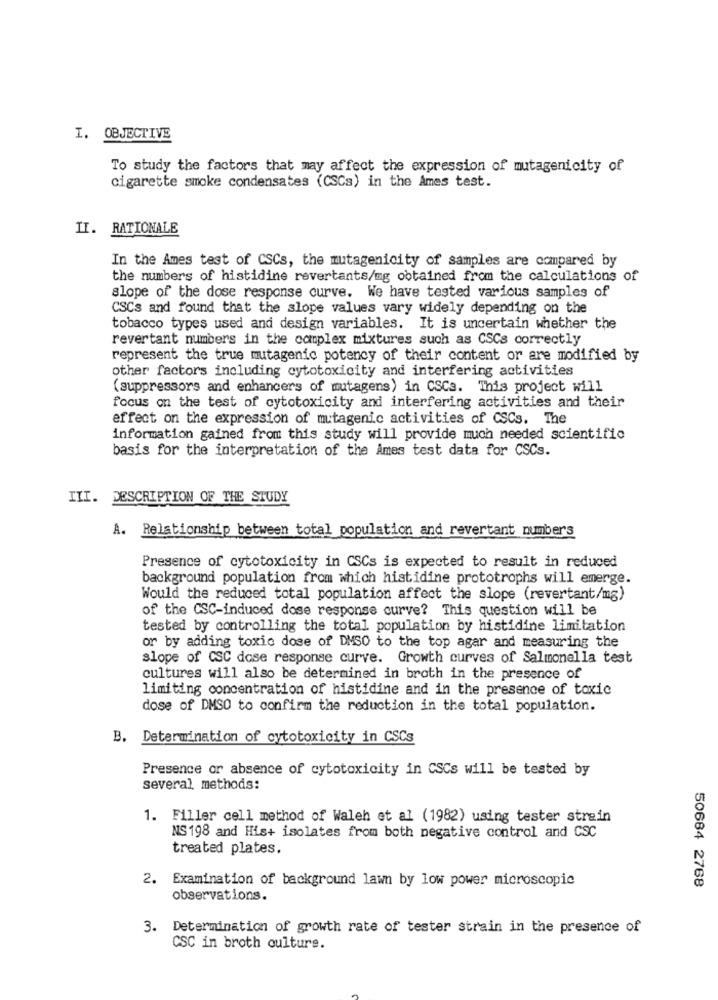
I. OBJECTIVE
To study the factors that may affect the expression of mutagenicity of
cigarette smoke condensates (CSCs) in the Ames test.
II. RATIONALE
In the Ames test of CSCs, the mutagenicity of samples are compared by
the numbers of histidine revertants/mg obtained from the calculations of
slope of the dose response curve. We have tested various samples of
CSCs and found that the slope values vary widely depending on the
tobacco types used and design variables. It is uncertain whether the
revertant numbers in the complex mixtures such as CSCs correctly
represent the true mutagenic potency of their content or are modified by
other factors including cytotoxicity and interfering activities
(suppressors and enhancers of mutagens) in CSCs. This project will
focus on the test of cytotoxicity and interfering activities and their
effect on the expression of mutagenic activities of CSCs. The
information gained from this study will provide much needed scientific
basis for the interpretation of the Ames test data for CSCs.
III. DESCRIPTION OF THE STUDY
A. Relationship between total population and revertant numbers
Presence of cytotoxicity in CSCs is expected to result in reduced
background population from which histidine prototrophs will emerge.
Would the reduced total population affect the slope (revertant/mg)
of the CSC-induced dose response curve? This question will be
tested by controlling the total population by histidine limitation
or by adding toxic dose of DMSO to the top agar and measuring the
slope of CSC dose response curve. Growth curves of Salmonella test
cultures will also be determined in broth in the presence of
limiting concentration of histidine and in the presence of toxic
dose of DMSO to confirm the reduction in the total population.
B. Determination of cytotoxicity in CSCs
Presence or absence of cytotoxicity in CSCs will be tested by
several methods:
1. Filler cell method of Waleh et al (1982) using tester strein
NS 198 and His+ isolates from both negative control and CSC
treated plates.
2. Examination of background lawn by low power microscopic
50684 2768
observations.
3. Determination of growth rate of tester strain in the presence of
CSC in broth culture.